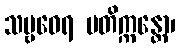
သဗ္ဗဝေရ မတိက္ကန္တော၊